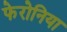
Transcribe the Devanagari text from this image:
फेरोनिया